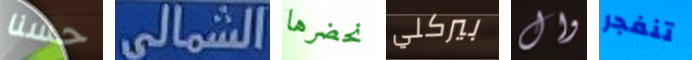
حسنا الشمالى نحضرها بيركلي وال تنفجر